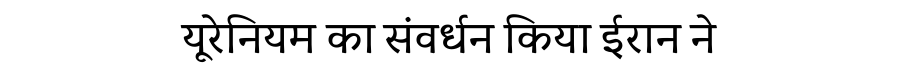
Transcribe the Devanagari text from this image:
यूरेनियम का संवर्धन किया ईरान ने